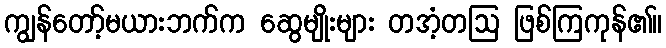
ကျွန်တော့်မယားဘက်က ဆွေမျိုးများ တအံ့တဩ ဖြစ်ကြကုန်၏။